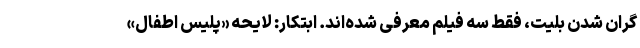
گران شدن بلیت، فقط سه فیلم معرفی شده‌اند. ابتکار: لایحه «پلیس اطفال»